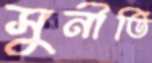
সুনীতি